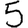
Digit: 5